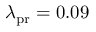
\lambda _ { \mathrm { p r } } = 0 . 0 9